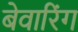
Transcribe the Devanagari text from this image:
बेवारिंग